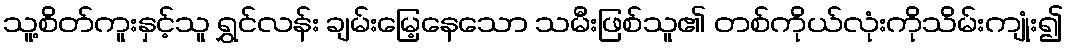
သူ့စိတ်ကူးနှင့်သူ ရွှင်လန်း ချမ်းမြေ့နေသော သမီးဖြစ်သူ၏ တစ်ကိုယ်လုံးကိုသိမ်းကျုံး၍